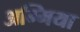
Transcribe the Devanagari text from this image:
अम्मिया